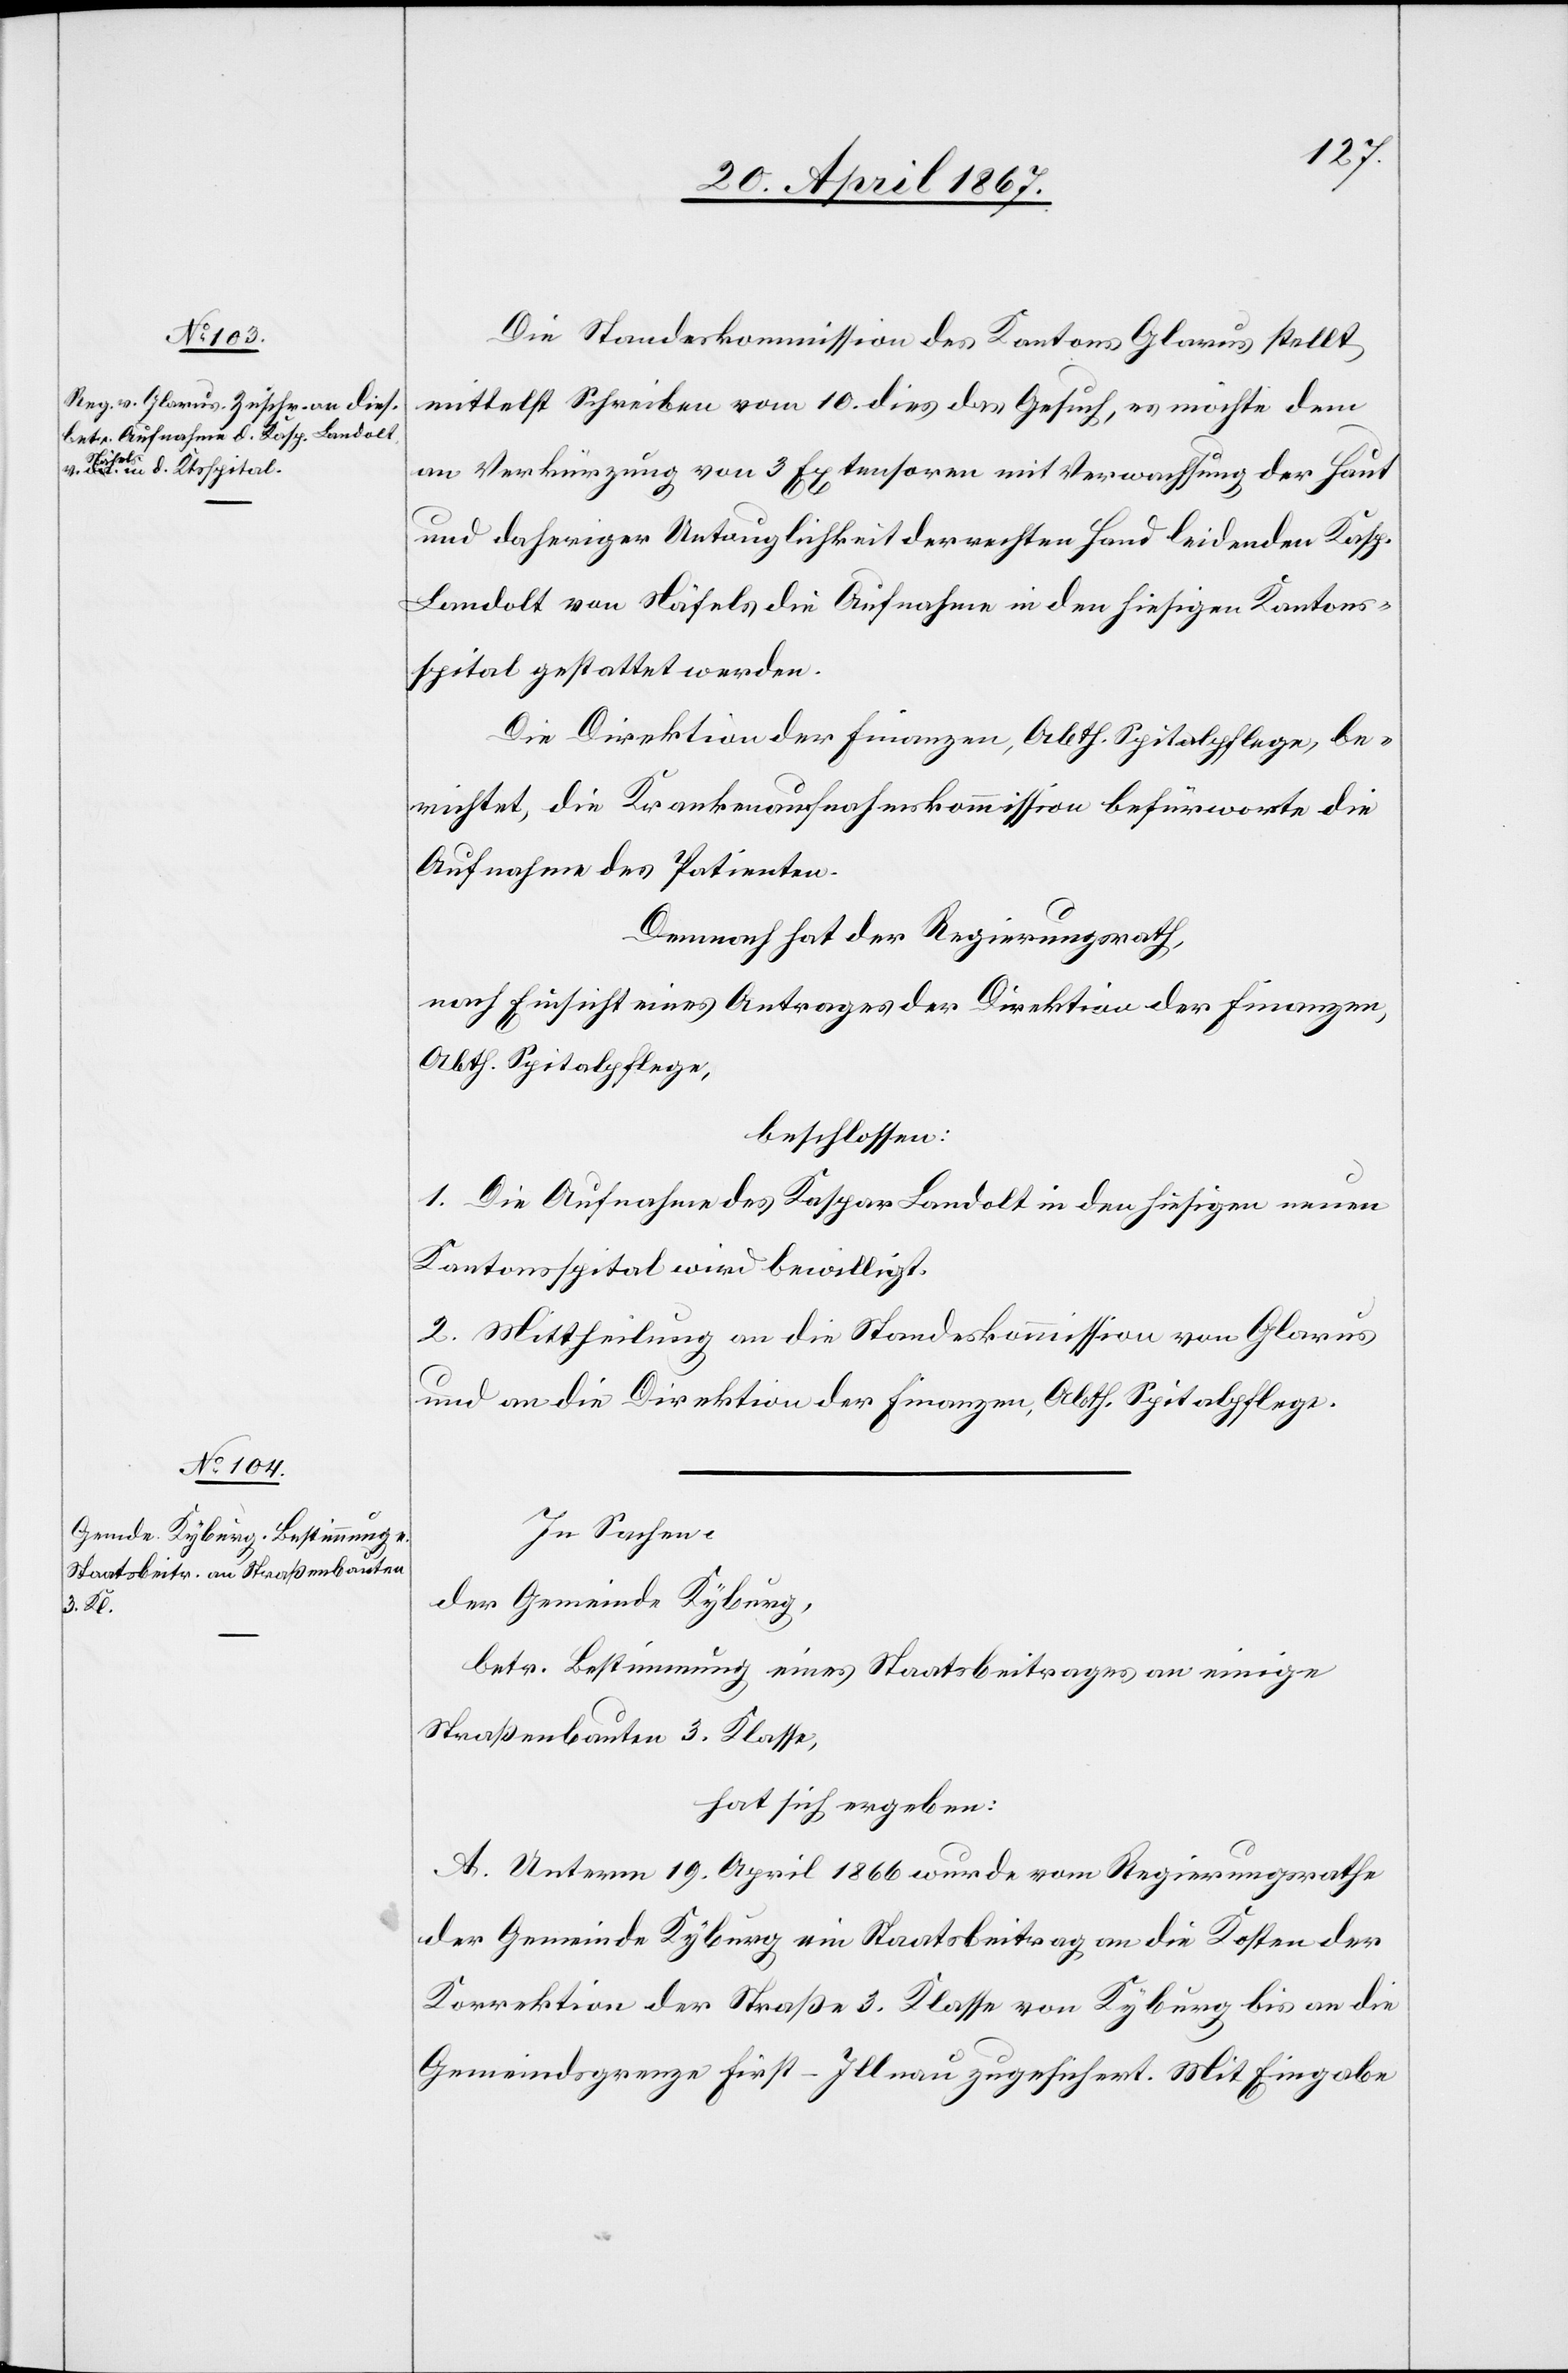
Die Standeskommission des Kantons Glarus stellt
mittelst Schreiben vom 10. dies das Gesuch, es möchte dem
an Verkürzung von 3 Extensoren mit Verwachsung der Haut
und daheriger Untauglichkeit der rechten Hand leidenden Kasp.
Landolt von Näfels die Aufnahme in den hiesigen Kantons¬
spital gestattet werden.
Die Direktion der Finanzen, Abth. Spitalpflege, be¬
richtet, die Krankenaufnahmskommission befürworte die
Aufnahme des Patienten.
Demnach hat der Regierungsrath,
nach Einsicht eines Antrages der Direktion der Finanzen,
Abth. Spitalpflege,
beschlossen:
1. Die Aufnahme des Kaspar Landolt in den hiesigen neuen
Kantonsspital wird bewilligt.
2. Mittheilung an die Standeskommission von Glarus
und an die Direktion der Finanzen, Abth. Spitalpflege.
In Sachen,
der Gemeinde Kyburg,
betr. Bestimmung eines Staatsbeitrages an einige
Straßenbauten 3. Klasse
hat sich ergeben:
A. Unterm 19. April 1866 wurde vom Regierungsrathe
der Gemeinde Kyburg ein Staatsbeitrag an die Kosten der
Korrektion der Straße 3. Klasse von Kyburg bis an die
Gemeindsgrenze First-Illnau zugesichert. Mit Eingabe